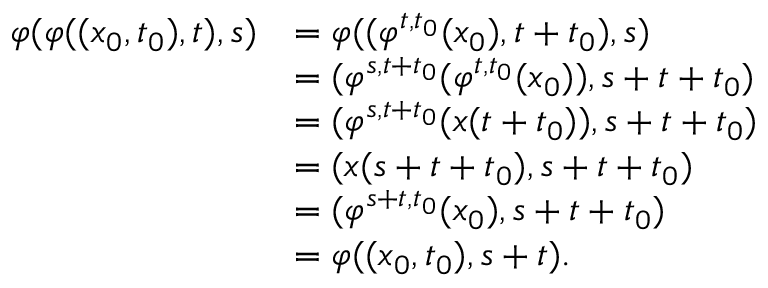
{ \begin{array} { r l } { \varphi ( \varphi ( ( { \boldsymbol { x } } _ { 0 } , t _ { 0 } ) , t ) , s ) } & { = \varphi ( ( \varphi ^ { t , t _ { 0 } } ( { \boldsymbol { x } } _ { 0 } ) , t + t _ { 0 } ) , s ) } \\ & { = ( \varphi ^ { s , t + t _ { 0 } } ( \varphi ^ { t , t _ { 0 } } ( { \boldsymbol { x } } _ { 0 } ) ) , s + t + t _ { 0 } ) } \\ & { = ( \varphi ^ { s , t + t _ { 0 } } ( { \boldsymbol { x } } ( t + t _ { 0 } ) ) , s + t + t _ { 0 } ) } \\ & { = ( { \boldsymbol { x } } ( s + t + t _ { 0 } ) , s + t + t _ { 0 } ) } \\ & { = ( \varphi ^ { s + t , t _ { 0 } } ( { \boldsymbol { x } } _ { 0 } ) , s + t + t _ { 0 } ) } \\ & { = \varphi ( ( { \boldsymbol { x } } _ { 0 } , t _ { 0 } ) , s + t ) . } \end{array} }